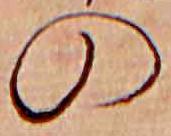
の